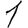
Digit: 1